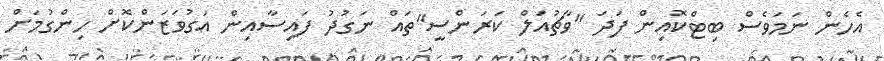
އެހެން ނަމަވެސް ބިޓްކޮއިން ފަދަ "ވާޗުއަލް ކަރަންސީ"ތައް ނަގުދު ފައިސާއިން އަގުވަޒަންކޮށް ހިންގުމަށް